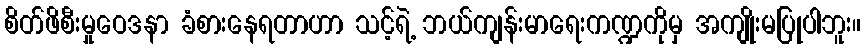
စိတ်ဖိစီးမှုဝေဒနာ ခံစားနေရတာဟာ သင့်ရဲ့ ဘယ်ကျန်းမာရေးကဏ္ဍကိုမှ အကျိုးမပြုပါဘူး။